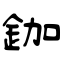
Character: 鉫